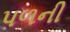
પળની